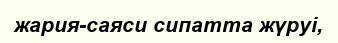
жария-саяси сипатта жүруі,